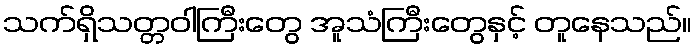
သက်ရှိသတ္တဝါကြီးတွေ အူသံကြီးတွေနှင့် တူနေသည်။